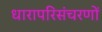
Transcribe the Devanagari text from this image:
धारापरिसंचरणों